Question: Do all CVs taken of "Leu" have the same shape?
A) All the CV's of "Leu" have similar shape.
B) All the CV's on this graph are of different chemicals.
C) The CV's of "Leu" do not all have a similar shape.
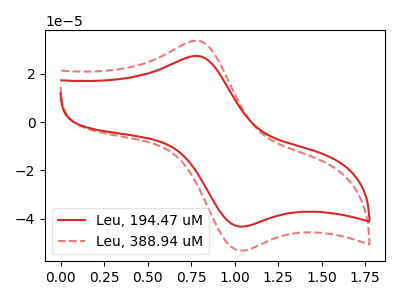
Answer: <think>The red curve "Leu, 194.47 uM" has an anodic peak at (0.80V, 27.40uA) and a cathodic peak at (1.05V, -43.35uA). The red dashed curve "Leu, 388.94 uM" has an anodic peak at (0.80V, 33.70uA) and a cathodic peak at (1.05V, -53.35uA).
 All the peaks in "Leu, 194.47 uM" have a peak in "Leu, 388.94 uM" at the same potential. Every peak in "Leu, 194.47 uM" is lower than every peak in "Leu, 388.94 uM".</think>
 <answer>A) All the CV's of "Leu" have similar shape.</answer>
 <eval>A</eval>